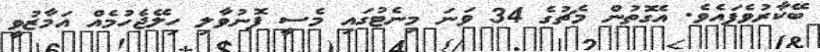
ބޭކާރުވެފައެވެ. އެގޮތުން މެޗުގެ 34 ވަނަ މިނެޓުގައި މެސީ ފޮނުވާލި ހިލޭޖެހުމެއް އަމާޒުވީ